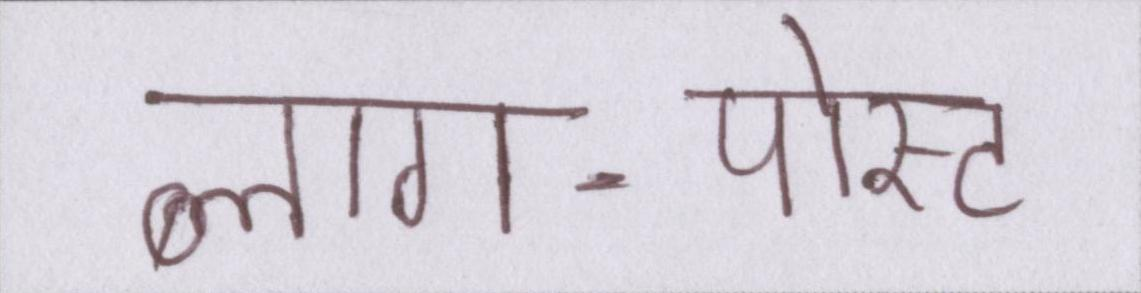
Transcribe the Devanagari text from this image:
ब्लाग-पोस्ट